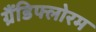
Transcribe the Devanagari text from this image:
ग्रैंडिफ्लोरम